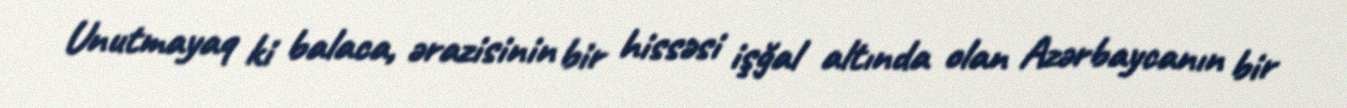
Unutmayaq ki balaca, ərazisinin bir hissəsi işğal altında olan Azərbaycanın bir